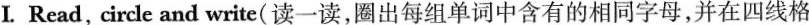
I .Read，circle and write(读一读，圈出每组单词中含有的相同字母，并在四线格